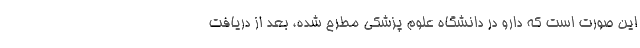
این صورت است که دارو در دانشگاه علوم پزشکی مطرح شده، بعد از دریافت